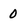
Character: 0